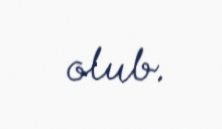
olub.